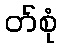
တ်စုံ